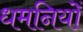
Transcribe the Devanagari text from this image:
धमनियोँ